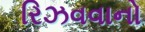
રિઝવવાનો